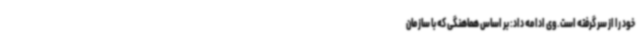
خود را از سر گرفته است.وی ادامه داد: بر اساس هماهنگی که با سازمان